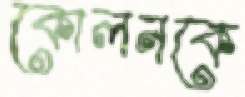
কোলনকে